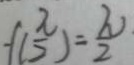
f ( \frac { \pi } { 2 } ) = \frac { \pi } { 2 }